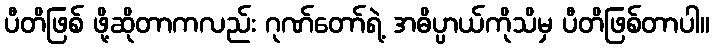
ပီတိဖြစ် ဖို့ဆိုတာကလည်း ဂုဏ်တော်ရဲ့ အဓိပ္ပာယ်ကိုသိမှ ပီတိဖြစ်တာပါ။